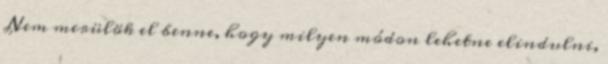
Nem merülök el benne, hogy milyen módon lehetne elindulni,